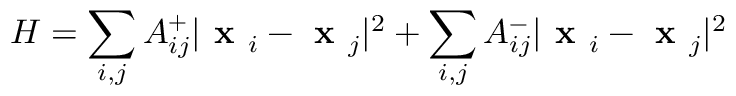
H = \sum _ { i , j } A _ { i j } ^ { + } | \textbf { x } _ { i } - \textbf { x } _ { j } | ^ { 2 } + \sum _ { i , j } A _ { i j } ^ { - } | \textbf { x } _ { i } - \textbf { x } _ { j } | ^ { 2 }